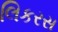
લિકરસ